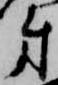
第